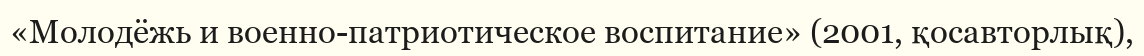
«Молодёжь и военно-патриотическое воспитание» (2001, қосавторлық),